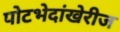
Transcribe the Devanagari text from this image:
पोटभेदांखेरीज